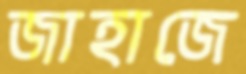
জাহাজে